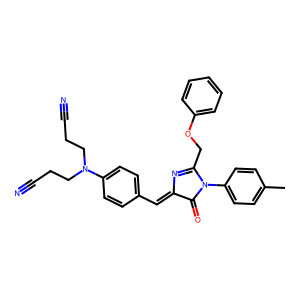
SMILES: Cc1ccc(N2C(=O)C(=Cc3ccc(N(CCC#N)CCC#N)cc3)N=C2COc2ccccc2)cc1
Inhibits HIV replication: No